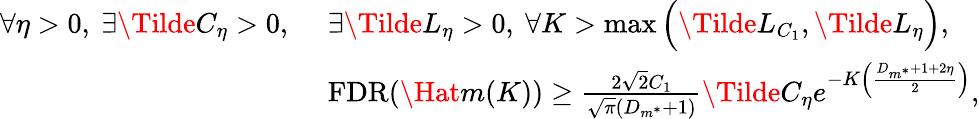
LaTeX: \begin{array}{rl}{\forall\eta>0,\ \exists\Tilde{C}_{\eta}>0,\ }&{\exists\Tilde{L}_{\eta}>0,\ \forall K>\operatorname*{max}\Big(\Tilde{L}_{C_{1}},\Tilde{L}_{\eta}\Big),}\\ &{\mathrm{FDR}(\Hat{m}(K))\geq\frac{2\sqrt{2}C_{1}}{\sqrt{\pi}(D_{m^{*}}+1)}\Tilde{C}_{\eta}e^{-K\Big(\frac{D_{m^{*}}+1+2\eta}{2}\Big)},}\end{array}